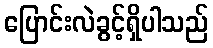
ပြောင်းလဲခွင့်ရှိပါသည်